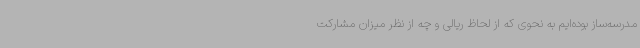
مدرسه‌ساز بوده‌ایم به نحوی که از لحاظ ریالی و چه از نظر میزان مشارکت